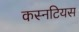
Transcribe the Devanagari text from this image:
कस्नटियस